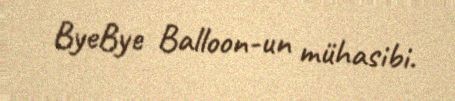
ByeBye Balloon-un mühasibi.